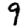
Digit: 9